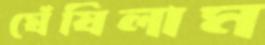
ঘেঁষিলাম